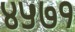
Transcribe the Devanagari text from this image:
४५७१